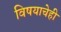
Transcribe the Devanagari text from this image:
विषयाचेही